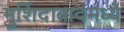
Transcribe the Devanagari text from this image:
मुर्शिदाबादमध्ये